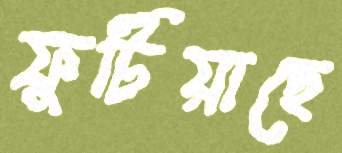
ফুটিয়াছে